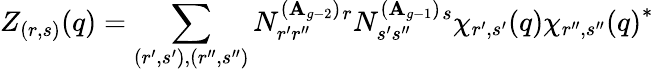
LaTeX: Z_{(r,s)}(q)=\sum_{(r^{\prime},s^{\prime}),(r^{\prime\prime},s^{\prime\prime})}N_{r^{\prime}r^{\prime\prime}}^{(\mathbf{A}_{g-2})}{}^{r}N_{s^{\prime}s^{\prime\prime}}^{(\mathbf{A}_{g-1})}{}^{s}\chi_{r^{\prime},s^{\prime}}(q){\chi_{r^{\prime\prime},s^{\prime\prime}}(q)}^{*}